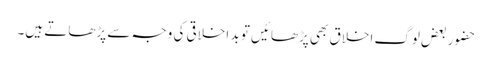
حضور بعض لوگ اخلاق بھی پڑھائیں تو بد اخلاقی کی وجہ سے پڑھاتے ہیں۔